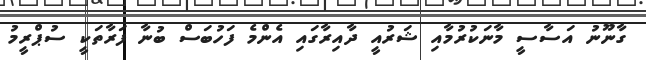
ގާނޫނު އަސާސީ މާނަކުރުމާއި ޝަރުއީ ދާއިރާގައި އެންމެ ފަހުބަސް ބުނާ ފަރާތަކީ ސުޕްރީމު